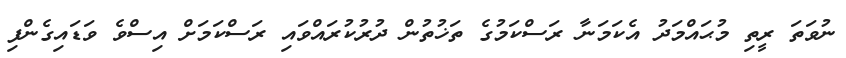
ނުވަތަ ރީތި މުޙައްމަދު އެކަމަނާ ރަސްކަމުގެ ތަޚުތުން ދުރުކުރައްވައި ރަސްކަމަށް އިސްވެ ވަޑައިގެންފި